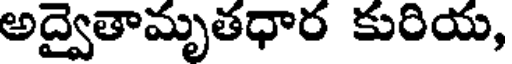
అద్వైతామృతధార కురియ,